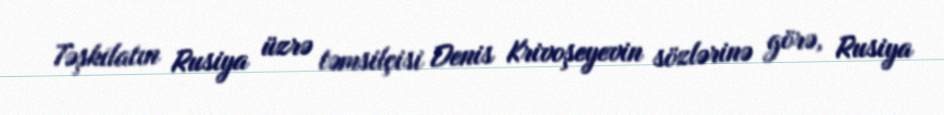
Təşkilatın Rusiya üzrə təmsilçisi Denis Krivoşeyevin sözlərinə görə, Rusiya